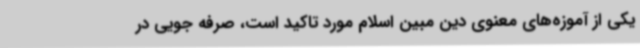
یکی از آموزه‌های معنوی دین مبین اسلام مورد تاکید است، صرفه جویی در